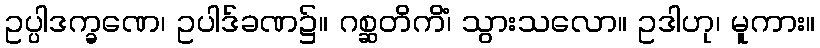
ဥပ္ပါဒက္ခဏေ၊ ဥပါဒ်ခဏ၌။ ဂစ္ဆတိကိံ၊ သွားသလော။ ဥဒါဟု၊ မူကား။